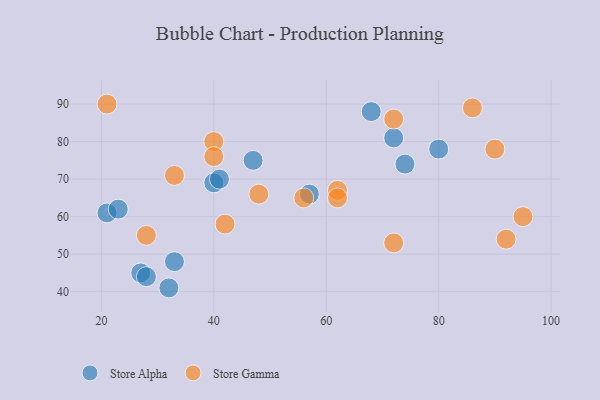
{"axis": {"x": "GDP", "y": "Life Expectancy"}, "legend": ["Store Alpha", "Store Gamma"], "data": [{"x": "32", "y": 41, "type": "Store Alpha"}, {"x": "47", "y": 75, "type": "Store Alpha"}, {"x": "72", "y": 81, "type": "Store Alpha"}, {"x": "74", "y": 74, "type": "Store Alpha"}, {"x": "68", "y": 88, "type": "Store Alpha"}, {"x": "40", "y": 69, "type": "Store Alpha"}, {"x": "41", "y": 70, "type": "Store Alpha"}, {"x": "27", "y": 45, "type": "Store Alpha"}, {"x": "57", "y": 66, "type": "Store Alpha"}, {"x": "80", "y": 78, "type": "Store Alpha"}, {"x": "28", "y": 44, "type": "Store Alpha"}, {"x": "21", "y": 61, "type": "Store Alpha"}, {"x": "23", "y": 62, "type": "Store Alpha"}, {"x": "33", "y": 48, "type": "Store Alpha"}, {"x": "62", "y": 67, "type": "Store Gamma"}, {"x": "48", "y": 66, "type": "Store Gamma"}, {"x": "72", "y": 86, "type": "Store Gamma"}, {"x": "21", "y": 90, "type": "Store Gamma"}, {"x": "62", "y": 65, "type": "Store Gamma"}, {"x": "56", "y": 65, "type": "Store Gamma"}, {"x": "86", "y": 89, "type": "Store Gamma"}, {"x": "33", "y": 71, "type": "Store Gamma"}, {"x": "40", "y": 80, "type": "Store Gamma"}, {"x": "95", "y": 60, "type": "Store Gamma"}, {"x": "40", "y": 76, "type": "Store Gamma"}, {"x": "72", "y": 53, "type": "Store Gamma"}, {"x": "90", "y": 78, "type": "Store Gamma"}, {"x": "42", "y": 58, "type": "Store Gamma"}, {"x": "28", "y": 55, "type": "Store Gamma"}, {"x": "92", "y": 54, "type": "Store Gamma"}]}